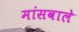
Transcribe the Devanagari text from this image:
मांसवाले